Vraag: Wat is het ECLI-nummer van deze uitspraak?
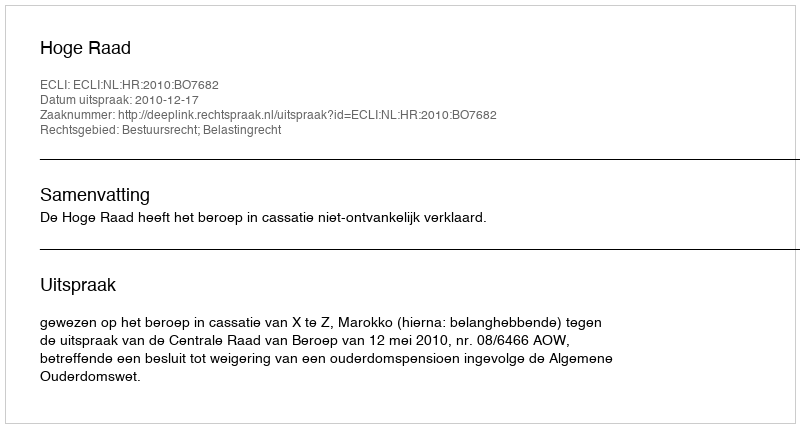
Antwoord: ECLI:NL:HR:2010:BO7682